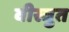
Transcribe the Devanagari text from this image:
वीस्त्रुत